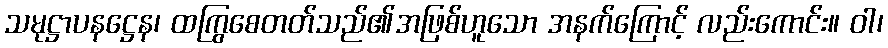
သမုဋ္ဌာပနဋ္ဌေန၊ ထကြွစေတတ်သည်၏အဖြစ်ဟူသော အနက်ကြောင့် လည်းကောင်း။ ဝါ၊